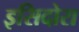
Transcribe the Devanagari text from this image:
इसिदोरा